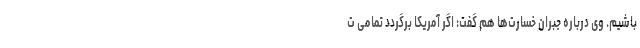
باشیم. وی درباره جبران خسارت‌ها هم گفت: اگر آمریکا برگردد تمامی ت